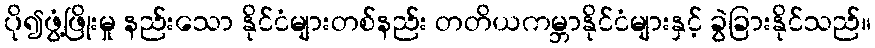
ပို၍ဖွံ့ဖြိုးမှု နည်းသော နိုင်ငံများတစ်နည်း တတိယကမ္ဘာနိုင်ငံများနှင့် ခွဲခြားနိုင်သည်။